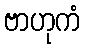
ဗာဟုကံ